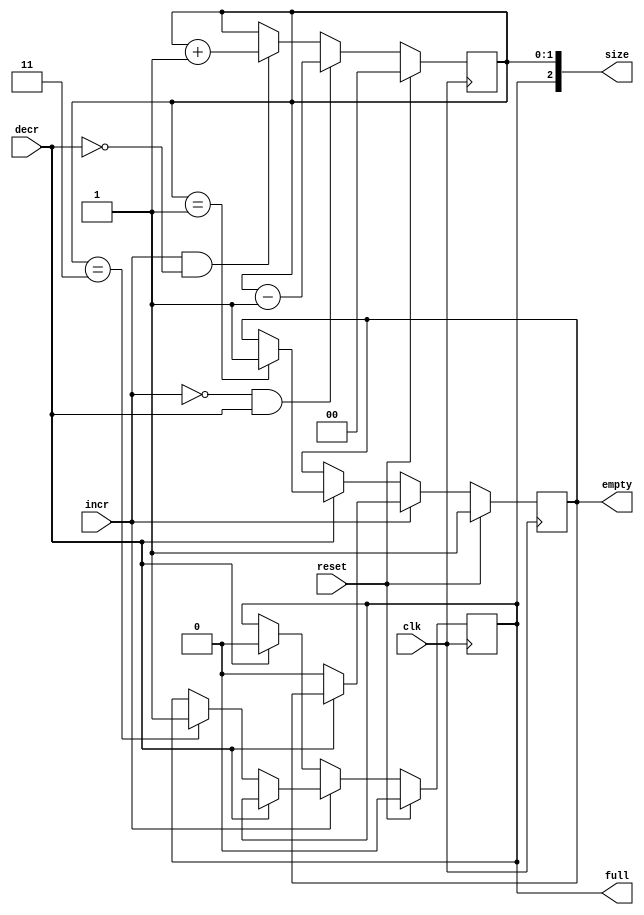
module RV_pending_size#(

    parameter SIZE  = 4,
    parameter SIZEW = $clog2(SIZE+1)

)(

    input wire clk,
    input wire reset,
    input wire incr,
    input wire decr,
    
    output wire empty,
    output wire full,
    output wire [SIZEW-1 : 0] size

);


    localparam ADDRW = $clog2(SIZE);
    
    reg [ADDRW-1 : 0] counter;
    reg empty_r;
    reg full_r;
    
    always@(posedge clk)
    begin
    
        if(reset)
        begin
        
            counter <= 0;
            empty_r <= 1;
            full_r  <= 0;
        
        end
        else begin
        
            if(incr)
            begin
            
                if(!decr)
                begin
                    
                    empty_r <= 0;
                    if(counter == SIZE-1)
                        full_r <= 1;
                
                end//!decr
            
            end//incr
            else if(decr)
            begin
                
                full_r <= 0;
                if(counter == 1)
                    empty_r <= 1;
            
            end
            
            if(incr && !decr)
                counter <= counter + 1;
                
            if(!incr && decr)
                    counter <= counter - 1;
            
        end
    
    end
    
    assign empty = empty_r;
    assign full  = full_r;
    assign size  = {full_r, counter};

endmodule